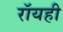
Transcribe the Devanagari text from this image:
रॉयही